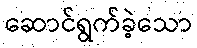
ဆောင်ရွက်ခဲ့သော